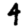
Digit: 4